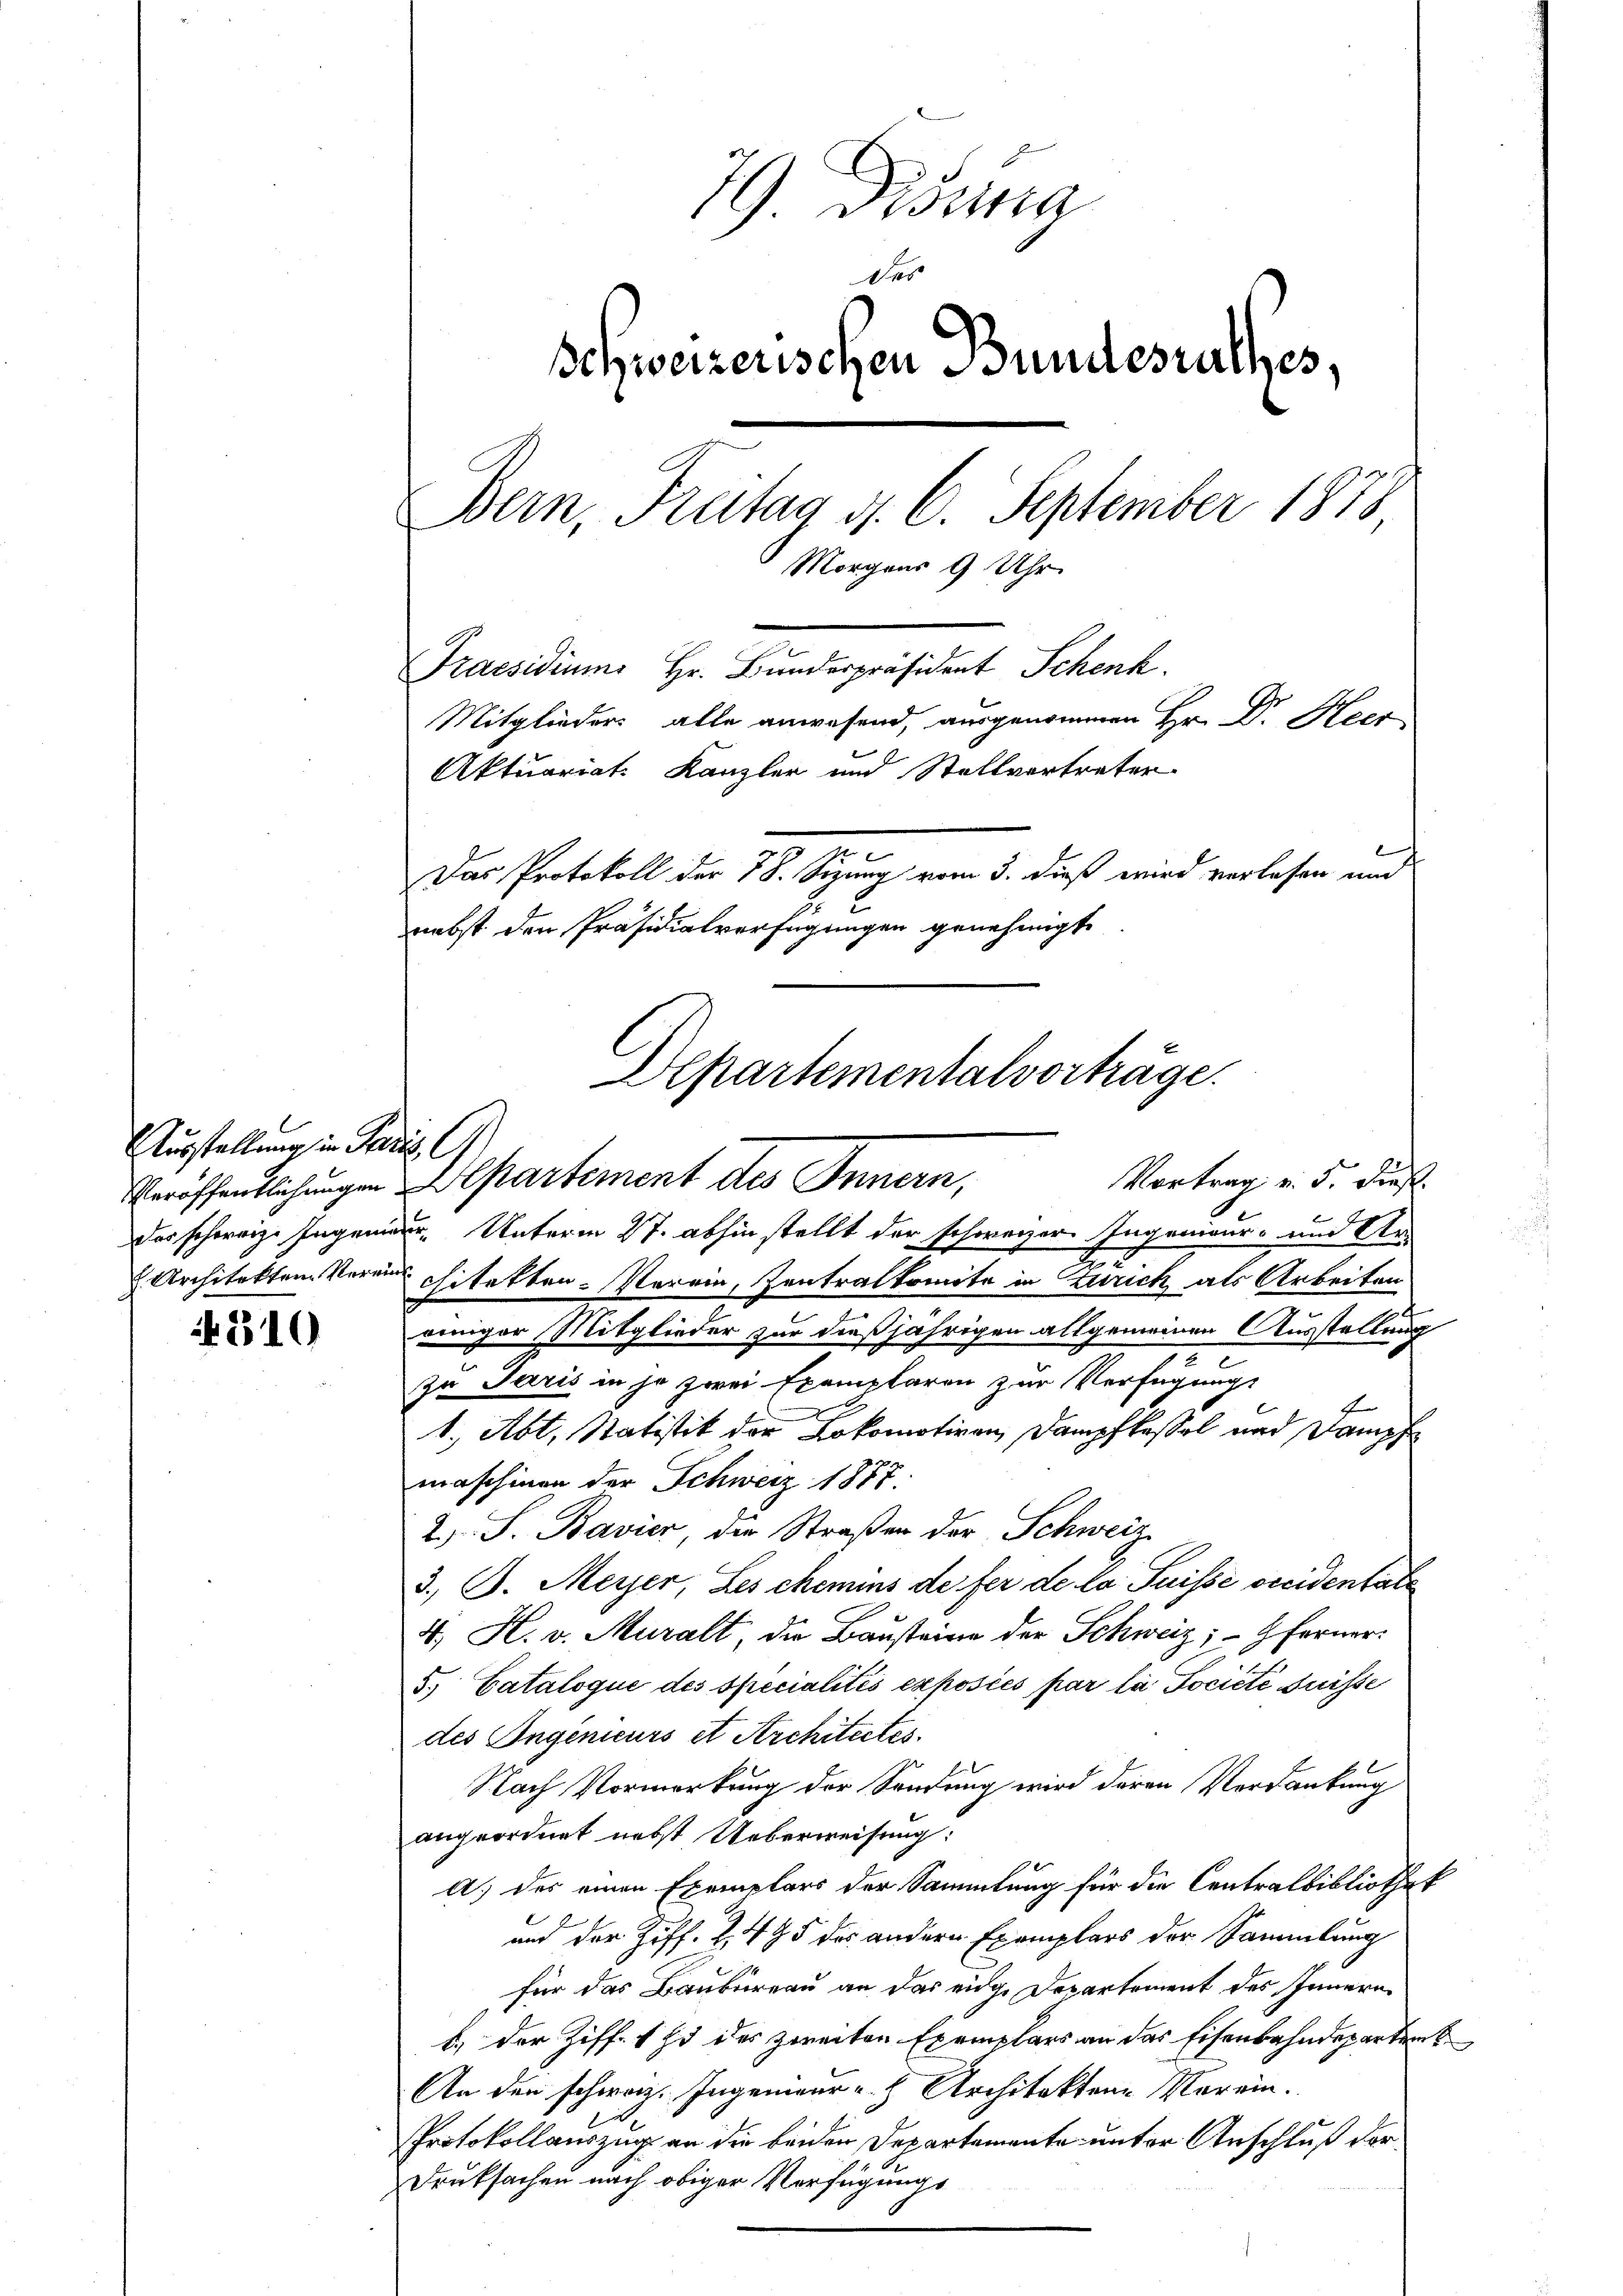
310

Ausstellung in Paris l

79 Dissa
Des
Schweizerischen Bundesrathes,
Bern, Freitag d. 6. September 1878
Morgens 9 Uhr
Praesidiums Hr. Bunderpräsident Schenk.
Mitglieders alle anwesend, ausgenommen Hr. Dr. Heer
Aktuariat Kanzler und Stellvertreter
Das Protokoll der 78. Sizung vom 3. dieß wird verlesen und
nebst den Präsidialverfügungen genehmigt.
Departementalvorträge.

Vortrag v. 5. dieß.
Veröffentlichungen Departement des Innern,
das schorrige Ingenieur, Unterm 27. abhin stellt der schweizer Ingenieur- und Ur

Architekten Verein chitekten. Verein, Zentralkomite in Zürich als Arbeiten
einiger Mitglieder zur dießjährigen allgemeinen Ausstellung
zu Paris in je zwei Exemplaren zur Verfügungs
f
1, Abt. Statistik der Lokomotiven Dampflassel und Kampf
maschinen der Schweiz 1877.
2) S. Bavier, die Straßen der Schweiz
3. B. Meyer, Les chemins de fer de la Puisse vecidentäte
4. H. v. Muralt, die Bausteine der Schweiz; - 9. Ferner
5.) Cataloque des specialités exposées par la Société suisse
des Ingenieurs et Architectes.
Nach Vormerkung der Sendung wird deren Verdankung
angeordnet nebst Ueberweisung:
A. des einen Exemplars der Sammlung für die Centralbibliothek
und der Ziff. Z. 495 des andern Exemplars der Sammlung
für das Baubureau an das eidge Departement des Innern
b. der Ziff. 1 Ei des zweiten Exemplars an das Eisenbahndepartent
An den schweiz. Ingenieur v. h. Architekten Verein.
Protokollauszug an die beiden Departemente unter Anschluß der
Druksachen nach obiger Verfügungs